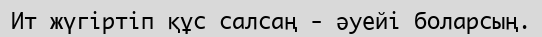
Ит жүгіртіп құс салсаң - әуейі боларсың.